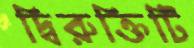
দ্বিরুক্তিটি